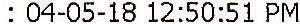
: 04-05-18 12:50:51 PM